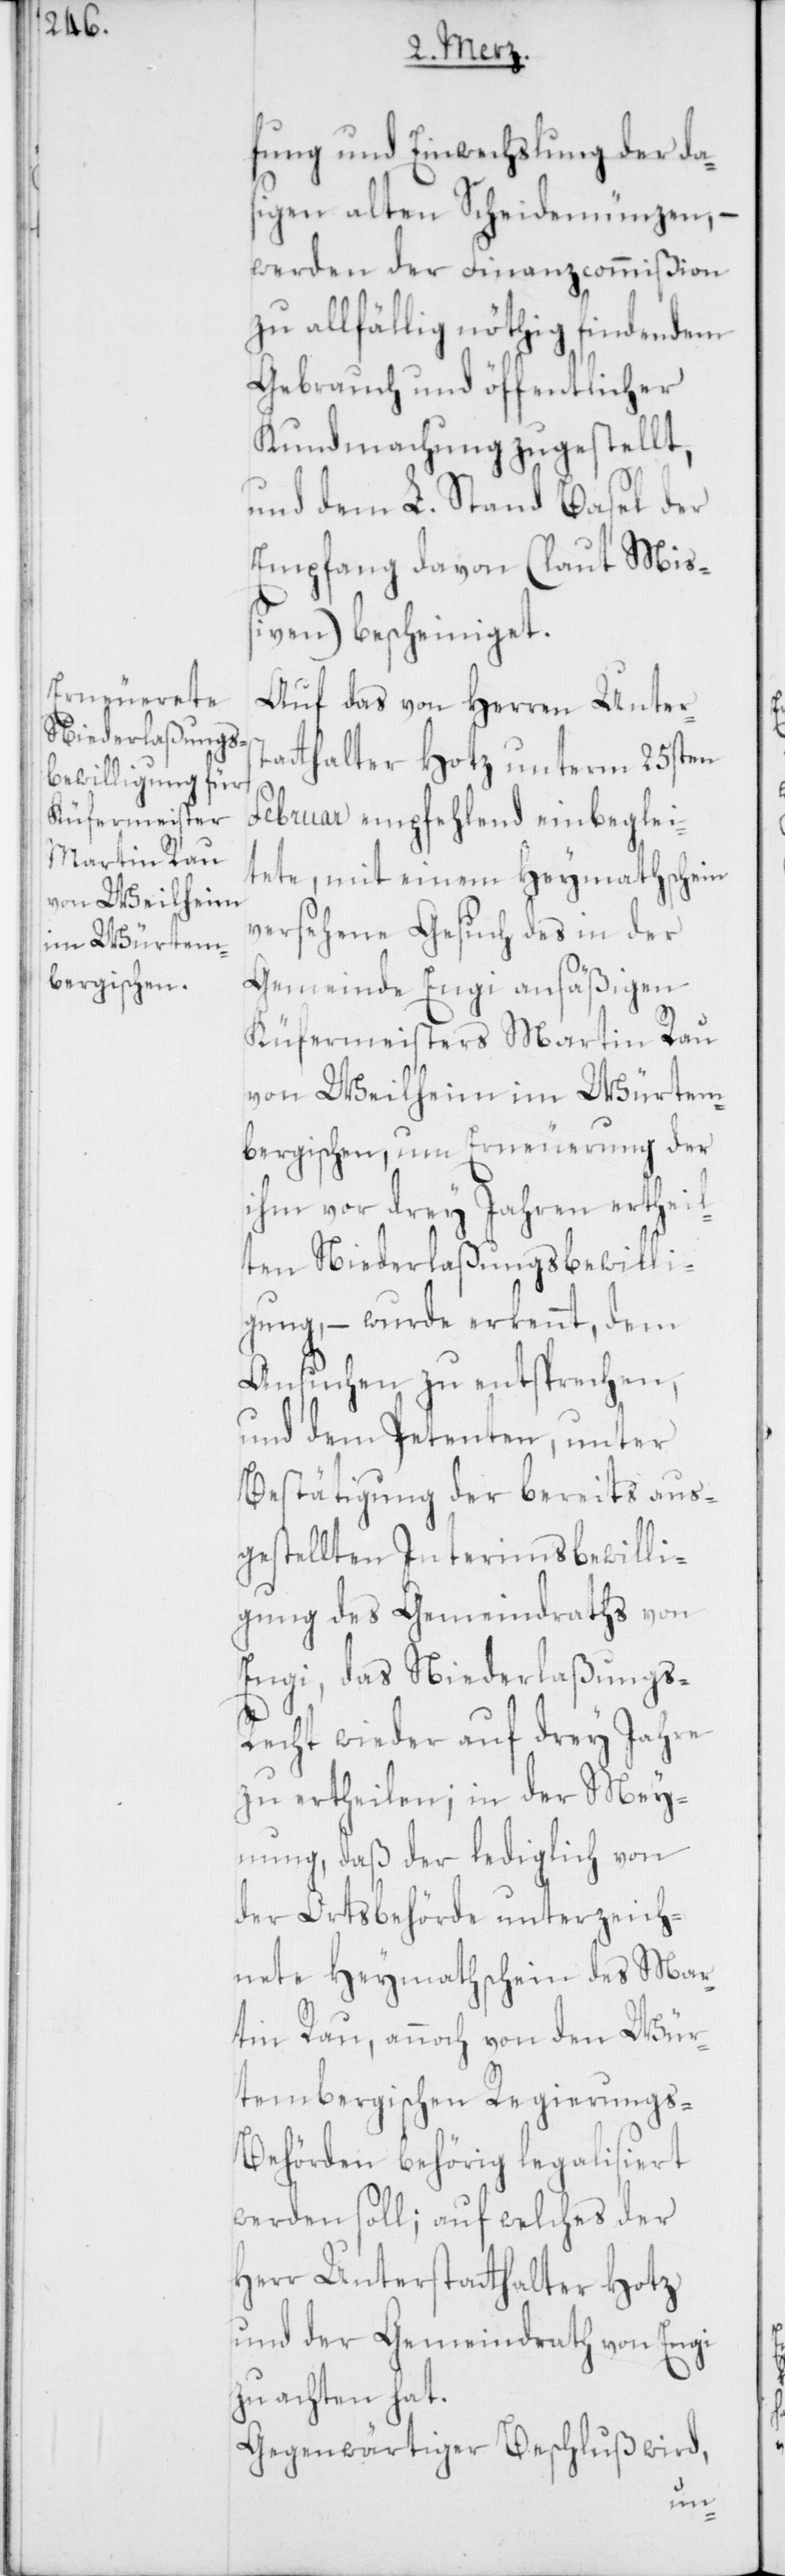
von Weilheim
im Würtem¬

fung und Einwechslung der da¬
sigen alten Scheidenmünzen, –
werden der Finanzcommißion
zu allfählig nöthig findendem
Gebrauch und öffentlicher
Kundmachung zugestellt,
und dem L. Stand Basel der
Empfang davon (laut Miß¬
iven) bescheiniget.
Auf das von Herren Unters¬
tatthalter Hotz unterm 25sten
Februar empfehlend einbeglei¬
tete, mit einem Heymathschein
versehene, Gesuch des in der
Gemeinde Engi ansäßigen
Küfermeisters Martin Rau
bergischen, um Erneuerung der
ihm vor drey Jahren ertheil¬
ten Niederlaßungsbewilli¬
gung, – wurde erkennt, dem
Ansuchen zu entsprechen,
und dem Petenten, unter
Bestätigung der bereits aus¬
gestellten Interimsbewilli¬
gung des Gemeindraths von
Engi, das Niederlaßungs-R¬
echt wieder auf drey Jahre
zu ertheilen; in der Mey¬
nung, daß der lediglich von
der Ortsbehörde unterzeich¬
nete Heymathschein des Mar¬
tin Rau, annoch von den Wür¬
tembergischen Regierungs-B¬
ehörden behörig legalisiert
werden soll; auf welches der
Herr Unterstatthalter Hotz
und der Gemeindrath von Engi
zu achten hat.
Gegenwärtiger Beschluß wird,